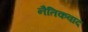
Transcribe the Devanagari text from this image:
नैतिकवाद